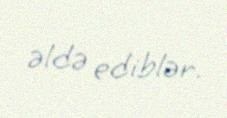
əldə ediblər.